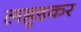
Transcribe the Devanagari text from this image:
लहुडकर